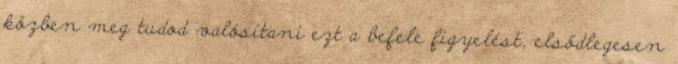
közben meg tudod valósítani ezt a befele figyelést, elsődlegesen